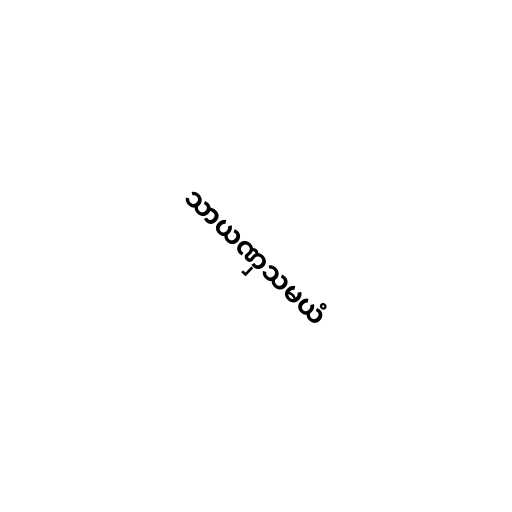
သာယဏှသမယံ